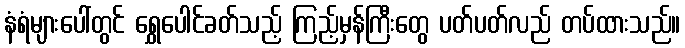
နံရံများပေါ်တွင် ရွှေပေါင်ခတ်သည့် ကြည့်မှန်ကြီးတွေ ပတ်ပတ်လည် တပ်ထားသည်။